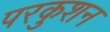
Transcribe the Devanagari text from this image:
परकुशन